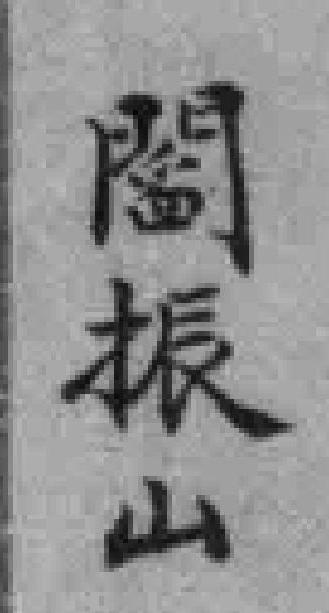
閻振山